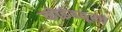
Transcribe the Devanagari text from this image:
कोइंबतूरचे